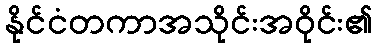
နိုင်ငံတကာအသိုင်းအဝိုင်း၏